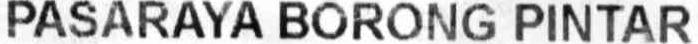
PASARAYA BORONG PINTAR